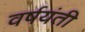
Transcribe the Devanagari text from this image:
वर्षयंती